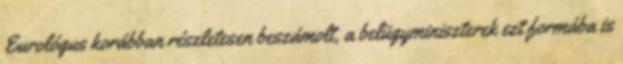
Eurológus korábban részletesen beszámolt, a belügyminiszterek ezt formába is